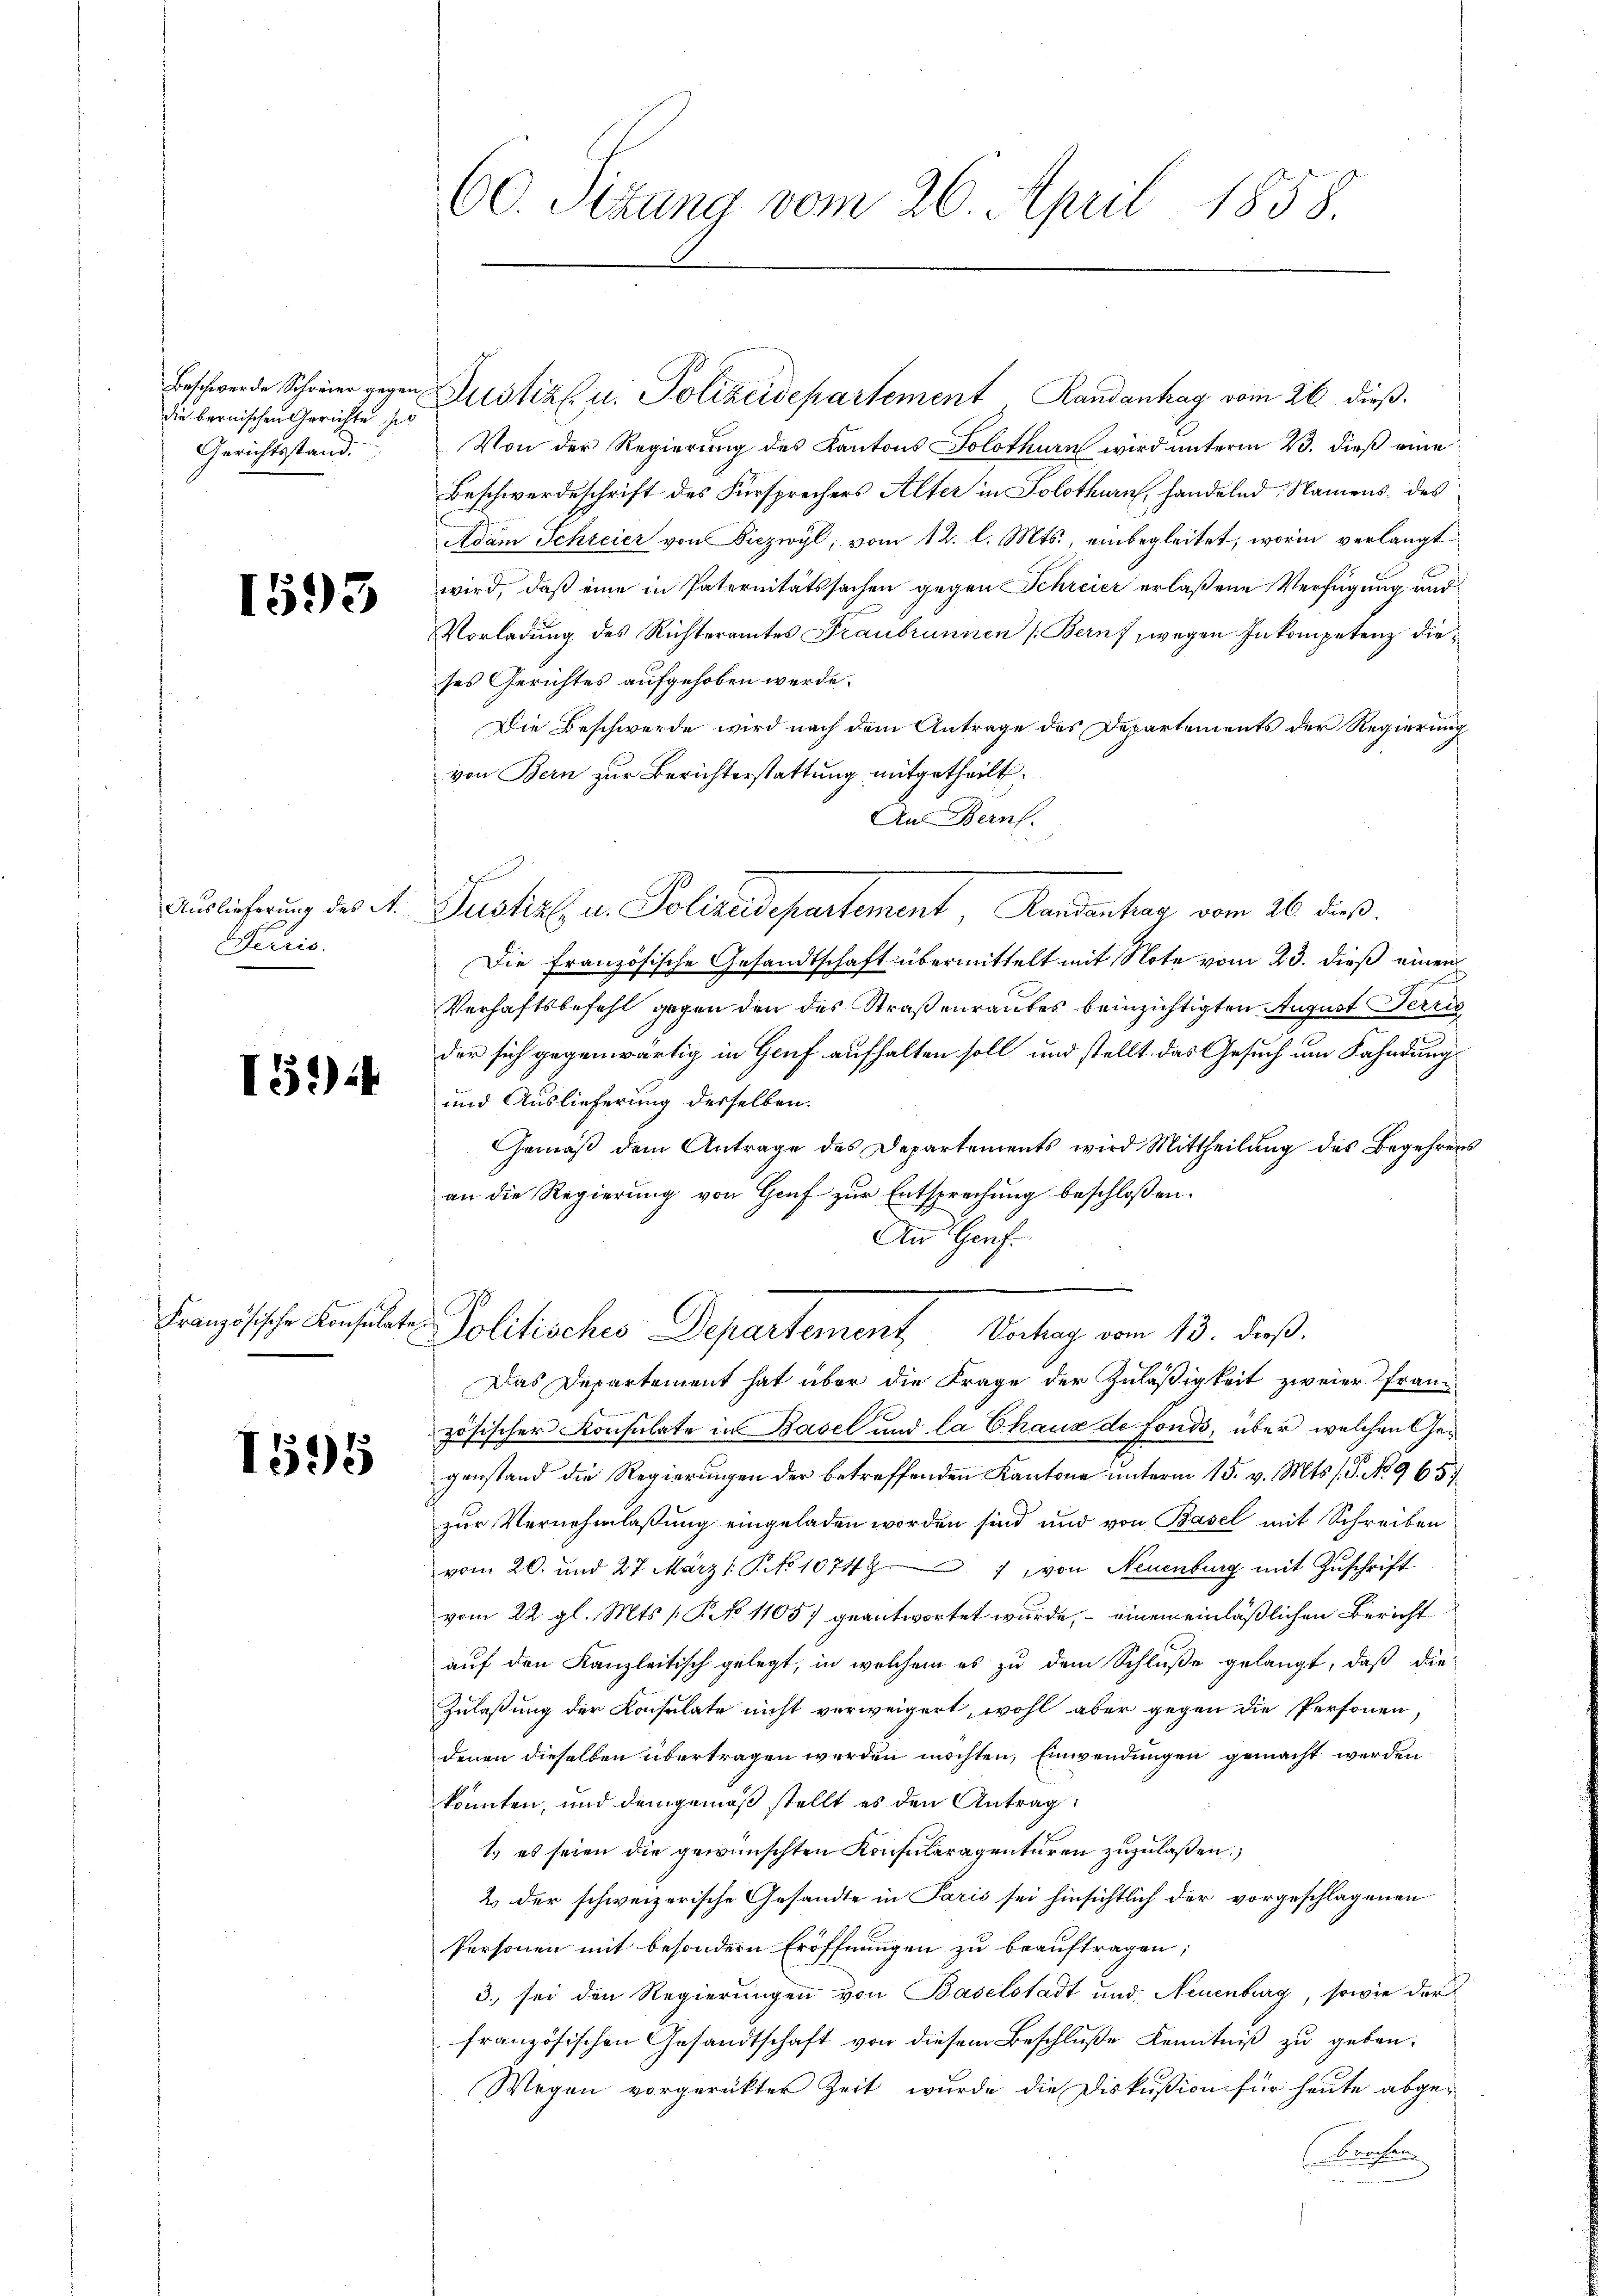
Beschwerde Schreier gegen
die bernischen Gerichte so
Gerichtsstand.

1595

Auslieferung des A.
Serris.

15.)

Französische Konsulate.

1595

600. Sitzung vom 26. April 1858.

Justiz u. Polizeidepartement Randanhag vom 26. dieß.
Von der Regierung des Kantons Solothurn wird unterm 23. dieß eine
Beschwerdeschrift des Fürsprechers Alter in Solothurn, handelnd Namens des
Adam Schreier von Sizwyl, vom 12. l. Mts., einbegleitet, worin verlangt
wird, daß eine in Paternitätssachen gegen Schreier erlaßene Verfügung und
Vorladung des Richteramtes Franbrunnen (Bern, wegen Inkompetenz dieses Gerichtes aufgehoben werde.
Die Beschwerde wird nach dem Antrage des Departements der Regierung
von Bern zur Berichterstattung mitgetheilt.
Aus Bern.
Puskel u. Polizedepartement, Kandientag vom 26. dies
Die französische Gesandtschaft übermittelt mit Note vom 23. dieß einen
Verhaftsbefehl gegen den des Straßenrautes beinzichtigten August Terric
der sich gegenwärtig in Gruf aufhalten soll und stellt das Gesuch um Fahndung
und Auslieferung desselben.
Gemäß dem Antrage des Departements wird Mittheilung des Begehrens
an die Regierung von Genf zur Entsprechung beschlossen:
Aus Genf.
.
Politisches Departement Verhag vom 13. dieß.
Das Departement hat über die Frage der Zuläßigkeit zweier franz
zösischer Konsulate in Basel und la Chaux de fonds, über welchen Gegenstand die Regierungen der betreffenden Kantone unterm 15. v. Mts. s. S. No 9657
zur Vernehmlassung eingeladen worden sind und von Basel mit Schreiben
vom 20. und 27. März. No 1074), von Neuenburg mit Zuschrift
vom 22. gl. Mts. /: K. No 1105) geantwortet wurde, – einen einläßlichen Bericht
auf den Kanzleitisch gelegt, in welchem es zu dem Schluße gelangt, daß die-
Zulaßung der Konsulate nicht verweigert, wohl aber gegen die Personen,
denen dieselben übertragen werden möchten, Einwendungen gemacht werden.
könnten, und demgemäß stellt es den Antrag
1) es seien die gewünschten Konsularagenturen zuzulaßen.
2. der schweizerische Gesandte in Paris sei hinsichtlich der vorgeschlagenen
Personen mit besondern Eröffnungen zu beauftragen;
3. sei den Regierungen von Baselstadt und Neuenburg, sowie der
französischen Gesandtschaft von diesem Beschluße Kenntniß zu geben.
Wegen vorgerückter Zeit wurde die Diskußion für heute abgeischen